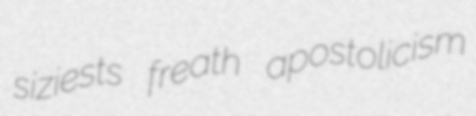
siziests freath apostolicism